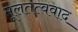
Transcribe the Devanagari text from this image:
मूलतत्ववाद